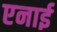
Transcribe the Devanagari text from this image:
एनाई